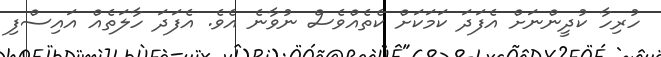
ހުރިހާ ކުދީންނަށް އެފަދަ ކަމަކަށް ކެތެއްވެސް ނުވާނެ އެވެ. އެފަދަ ހާލަތެއް އައިސްފި